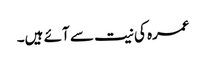
عمرہ کی نیت سے آئے ہیں۔